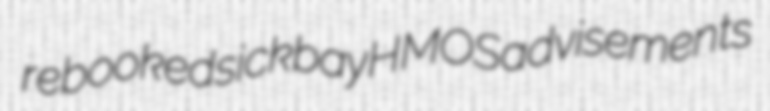
rebooked sickbay HMOS advisements